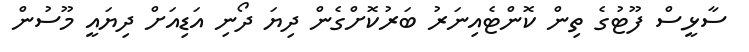
ސާޅީސް ފޫޓުގެ ތިން ކޮންޓެއިނަރު ބަރުކޮށްގެން ދިޔަ ދޯނި އަޑިއަށް ދިޔައީ މޫސުން